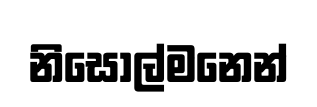
නිසොල්මනෙන්